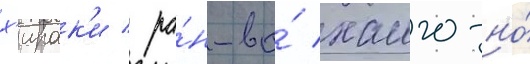
х'ирак'и / ра́н-ва́ хаиго-но́